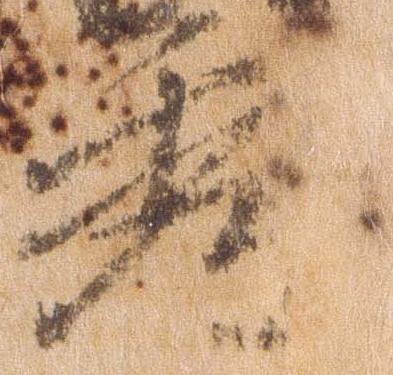
秀